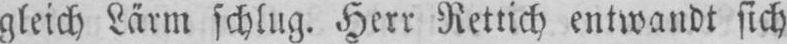
gleich Lärm schlug. Herr Rettich entwandt sich